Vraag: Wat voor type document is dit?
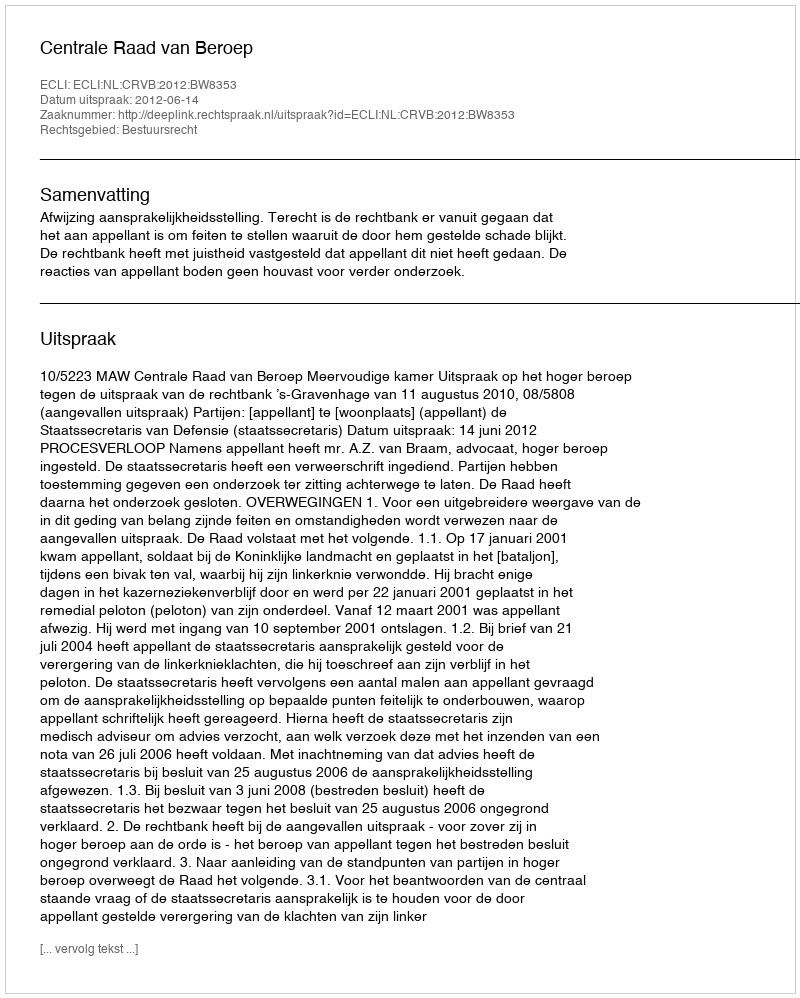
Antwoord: Uitspraak